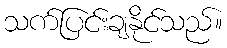
သက်ပြင်းချနိုင်သည်။